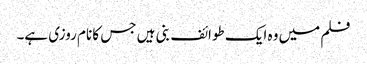
فلم میں وہ ایک طوائف بنی ہیں جس کا نام روزی ہے۔